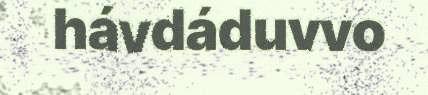
hávdáduvvo